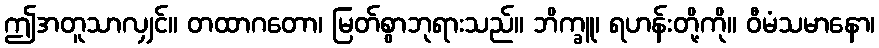
ဤအတူသာလျှင်။ တထာဂတော၊ မြတ်စွာဘုရားသည်။ ဘိက္ခူ၊ ရဟန်းတို့ကို။ ဝီမံသမာနော၊